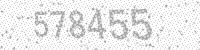
Solution: 578455